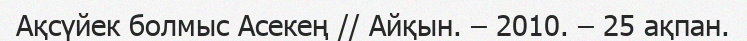
Ақсүйек болмыс Асекең // Айқын. – 2010. – 25 ақпан.